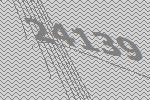
24139